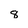
Character: 8